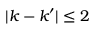
| k - k ^ { \prime } | \leq 2